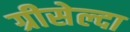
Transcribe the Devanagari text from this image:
ग्रीसेल्दा